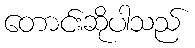
တောင်းဆိုပါသည်